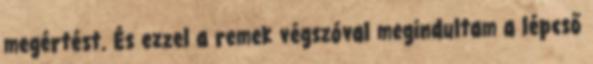
megértést. És ezzel a remek végszóval megindultam a lépcső